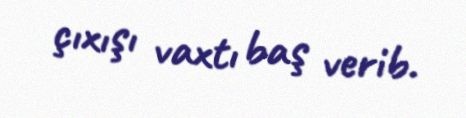
çıxışı vaxtı baş verib.